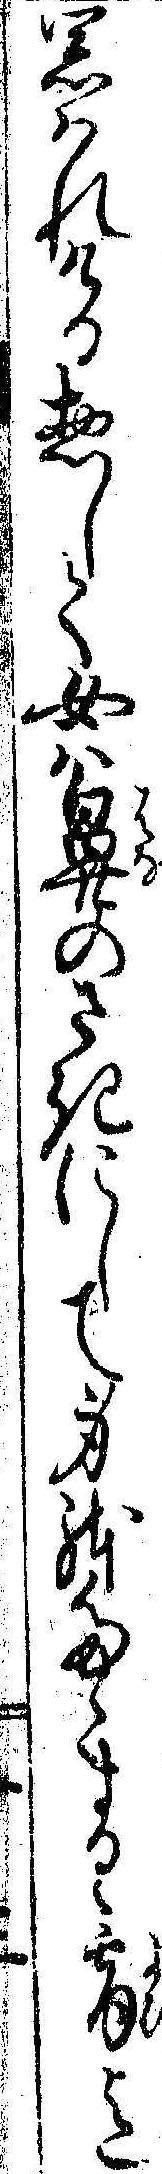
思はれける惣して女は鼻のさきにして身体たゝまるゝ宵迄